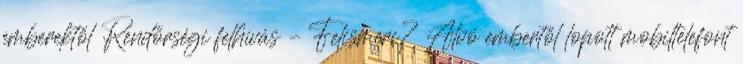
emberektől Rendőrségi felhívás – Felismeri? Alvó embertől lopott mobiltelefont